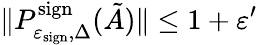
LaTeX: \| P_{\varepsilon_{\mathrm{sign}},\Delta}^{\mathrm{sign}}(\tilde{A})\| \leq 1+\varepsilon^{\prime}